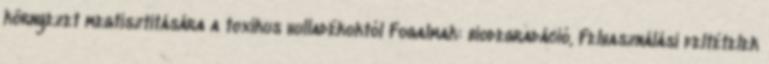
környezet megtisztítására a toxikus hulladékoktól Fogalmak: biodegradáció, Felhasználási feltételek